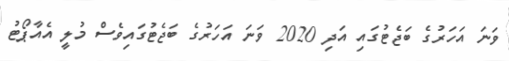
ވަނަ އަހަރުގެ ބަޖެޓުގައި އަދި 2020 ވަނަ އަހަރުގެ ބަޖެޓުގައިވެސް މުލީ އެއާޕޯޓު